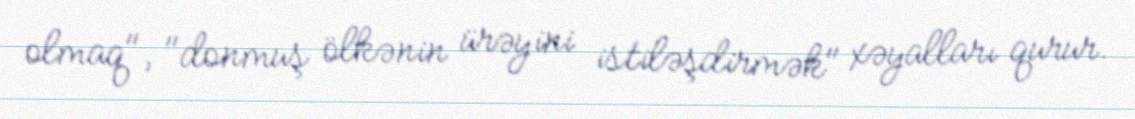
olmaq", "donmuş ölkənin ürəyini istiləşdirmək" xəyalları qurur.